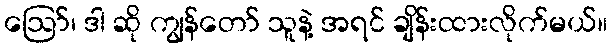
ဪ၊ ဒါ ဆို ကျွန်တော် သူနဲ့ အရင် ချိန်းထားလိုက်မယ်။